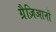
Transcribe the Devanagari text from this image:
ग्रैज़िआनो